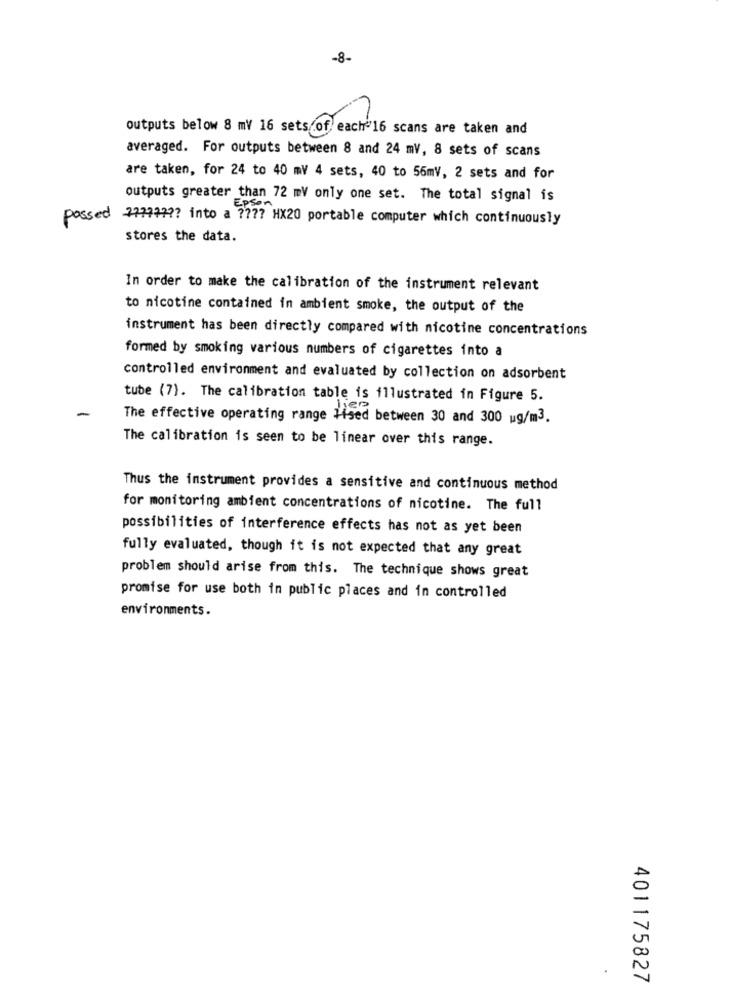
-8-
outputs below 8 mV 16 sets of each 16 scans are taken and
averaged. For outputs between 8 and 24 mV, 8 sets of scans
are taken, for 24 to 40 mV 4 sets, 40 to 56mV, 2 sets and for
outputs greater than 72 mV only one set. The total signal is
passed 777977 ?? into a ???? HX20 portable computer which continuously
stores the data.
In order to make the calibration of the instrument relevant
to nicotine contained in ambient smoke, the output of the
instrument has been directly compared with nicotine concentrations
formed by smoking various numbers of cigarettes into a
controlled environment and evaluated by collection on adsorbent
tube (7). The calibration table is illustrated in Figure 5.
The effective operating range Hised between 30 and 300 g/m3.
The calibration is seen to be linear over this range.
Thus the instrument provides a sensitive and continuous method
for monitoring ambient concentrations of nicotine. The full
possibilities of interference effects has not as yet been
fully evaluated, though it is not expected that any great
problem should arise from this. The technique shows great
promise for use both in public places and in controlled
environments.
401175827